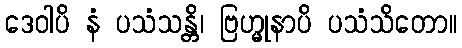
ဒေဝါပိ နံ ပသံသန္တိ၊ ဗြဟ္မုနာပိ ပသံသိတော။